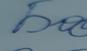
Signature authenticity: genuine